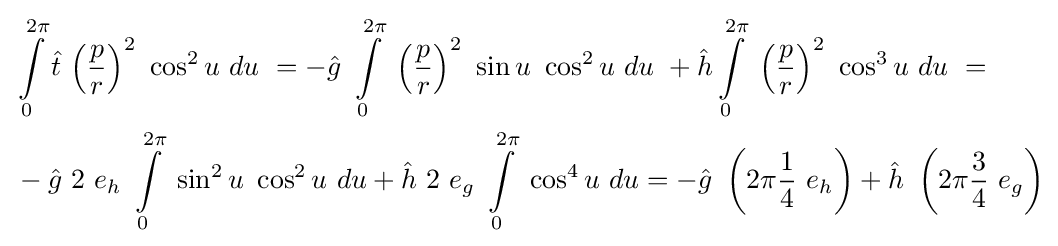
{\begin{aligned}&\int \limits _{0}^{2\pi }{\hat {t}}\ {\left({\frac {p}{r}}\right)}^{2}\ \cos ^{2}u\ du\ =-{\hat {g}}\ \int \limits _{0}^{2\pi }\ {\left({\frac {p}{r}}\right)}^{2}\ \sin u\ \cos ^{2}u\ du\ +{\hat {h}}\int \limits _{0}^{2\pi }\ {\left({\frac {p}{r}}\right)}^{2}\ \cos ^{3}u\ du\ =\\&-{\hat {g}}\ 2\ e_{h}\ \int \limits _{0}^{2\pi }\ \sin ^{2}u\ \cos ^{2}u\ du+{\hat {h}}\ 2\ e_{g}\ \int \limits _{0}^{2\pi }\ \cos ^{4}u\ du=-{\hat {g}}\ \left(2\pi {\frac {1}{4}}\ e_{h}\right)+{\hat {h}}\ \left(2\pi {\frac {3}{4}}\ e_{g}\right)\end{aligned}}